Vaccination in Bombay 1924-1928 - 1924-1928
Year: 1924
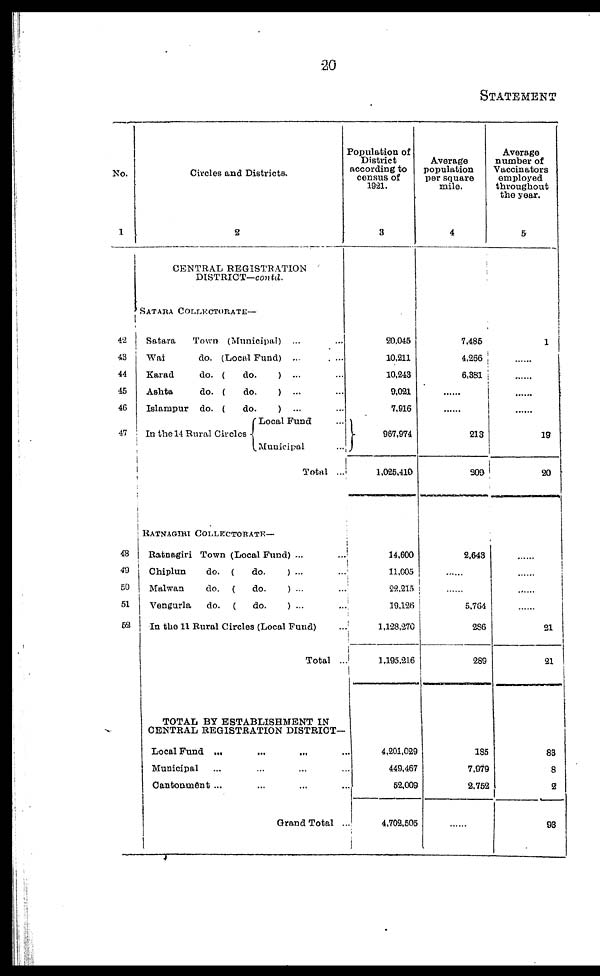
20
STATEMENT
No.
1
42
43
44
45
46
47
48
49
50
51
53
Circles and Districts.
2
CENTRAL REGISTRATION
DISTRICT—contd.
SATARA COLLECTORATE—
Satara
Town (Municipal) ... ...
Wai
do. (Local Fund) ... ...
Karad
do. (
do.
) ... ...
Ashta
do. (
do.
) ... ...
Islampur do. (
do.
) ...
In the 14 Rural Circles
Local Fund ...
Municipal ...
Total ...
RATNAGIRI COLLECTORATE—
Ratnagiri Town (Local Fund) ... ...
Chiplun
do. (
do.
) ...
Malwan
do. (
do.
) ...
Vengurla
do. (
do.
) ...
In the 11 Rural Circles (Local Fund)
Total ..
TOTAL BY ESTABLISHMENT IN
CENTRAL REGISTRATION DISTRICT—
Local Fund
...
...
...
...
Municipal ... ... ... ...
Cantonment ... ... ... ...
Grand Total ...
Population of
District
according to
census of
1921.
3
20,045
10,211
10,243
9,021
7,916
967,974
1,025,410
14,600
11,005
22,215
19,126
1,128,270
1,195,216
4,201,029
449,467
52,009
4,702,505
Average
population
per square
mile.
4
7,485
4,266
6,381
......
......
213
209
2,643
......
......
5,764
286
289
185
7,979
2,752
......
Average
number of
Vaccinators
employed
throughout
the year.
5
1
......
......
......
19
20
......
......
......
......
21
21
83
8
2
93